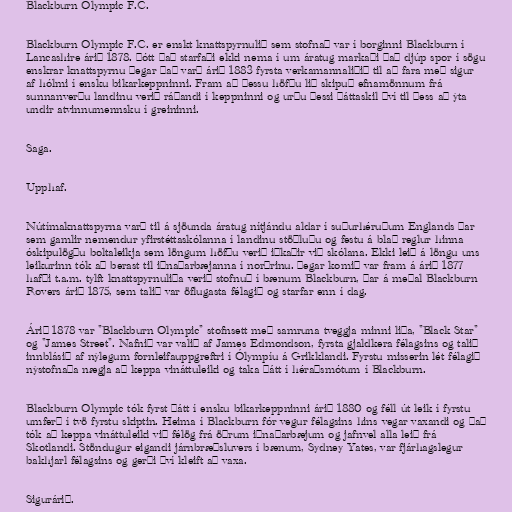
Blackburn Olympic F.C.

Blackburn Olympic F.C. er enskt knattspyrnulið sem stofnað var í borginni Blackburn í
Lancashire árið 1878. Þótt það starfaði ekki nema í um áratug markaði það djúp spor í sögu
enskrar knattspyrnu þegar það varð árið 1883 fyrsta verkamannaliðið til að fara með sigur
af hólmi í ensku bikarkeppninni. Fram að þessu höfðu lið skipuð efnamönnum frá
sunnanverðu landinu verið ráðandi í keppninni og urðu þessi þáttaskil því til þess að ýta
undir atvinnumennsku í greininni.

Saga.

Upphaf.

Nútímaknattspyrna varð til á sjöunda áratug nítjándu aldar í suðurhéruðum Englands þar
sem gamlir nemendur yfirstéttaskólanna í landinu stöðluðu og festu á blað reglur hinna
óskipulögðu boltaleikja sem löngum höfðu verið iðkaðir við skólana. Ekki leið á löngu uns
leikurinn tók að berast til iðnaðarbæjanna í norðrinu. Þegar komið var fram á árið 1877
hafði t.a.m. tylft knattspyrnuliða verið stofnuð í bænum Blackburn, þar á meðal Blackburn
Rovers árið 1875, sem talið var öflugasta félagið og starfar enn í dag.

Árið 1878 var "Blackburn Olympic" stofnsett með samruna tveggja minni liða, "Black Star"
og "James Street". Nafnið var valið af James Edmondson, fyrsta gjaldkera félagsins og talið
innblásið af nýlegum fornleifauppgreftri í Ólympíu á Grikklandi. Fyrstu misserin lét félagið
nýstofnaða nægja að keppa vináttuleiki og taka þátt í héraðsmótum í Blackburn.

Blackburn Olympic tók fyrst þátt í ensku bikarkeppninni árið 1880 og féll út leik í fyrstu
umferð í tvö fyrstu skiptin. Heima í Blackburn fór vegur félagsins hins vegar vaxandi og það
tók að keppa vináttuleiki við félög frá öðrum iðnaðarbæjum og jafnvel alla leið frá
Skotlandi. Stöndugur eigandi járnbræðsluvers í bænum, Sydney Yates, var fjárhagslegur
bakhjarl félagsins og gerði því kleift að vaxa.

Sigurárið.